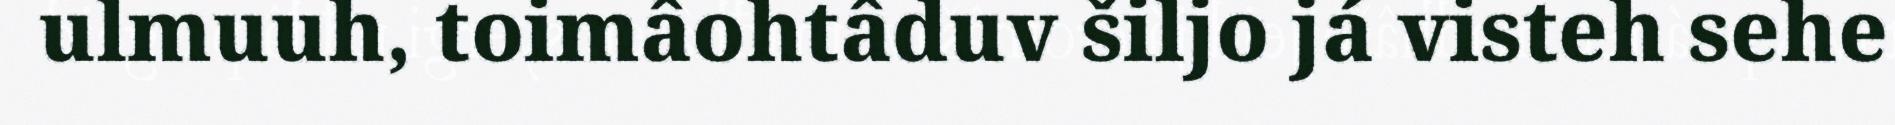
ulmuuh, toimâohtâduv šiljo já visteh sehe